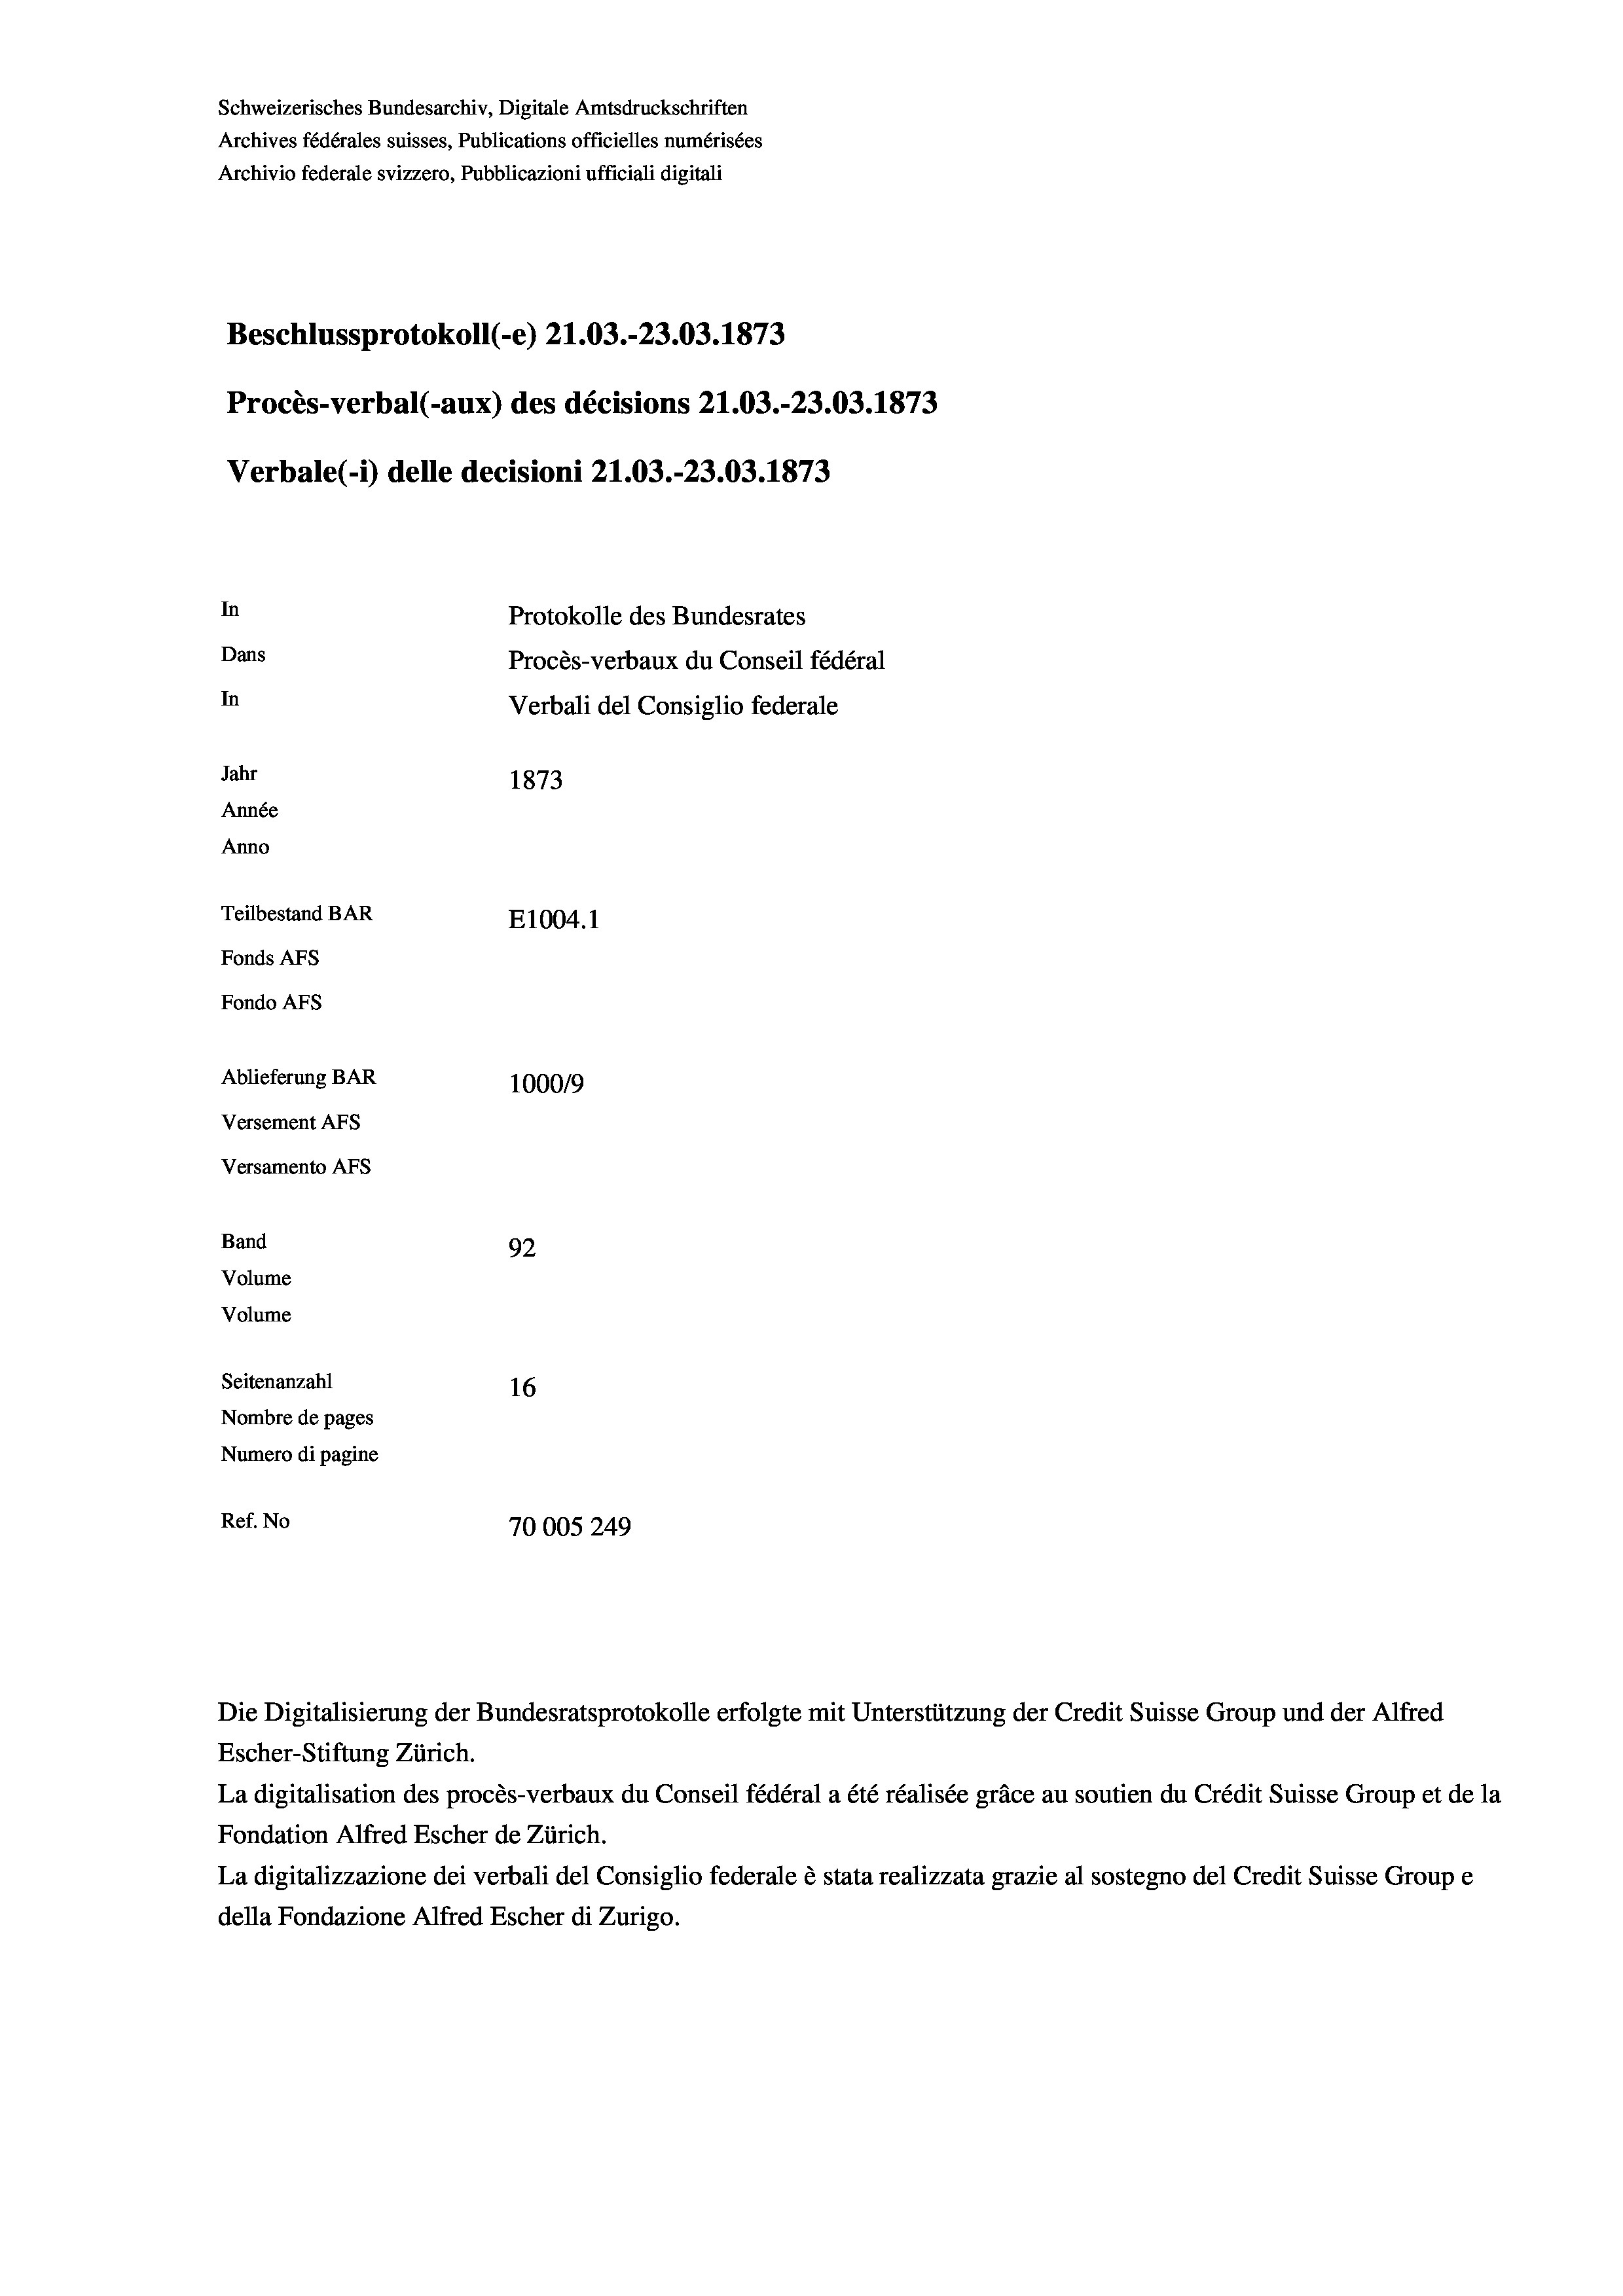
Schweizerisches Bundesarchiv, Digitale Amtsdruckschriften
Archives fédérales suisses, Publications officielles numérisées
Archivio federale svizzero, Pubblicazioni ufficiali digitali
Beschlussprotokoll (-e) 21.03.-23.03. 1873
Procès-verbal (-aux) des décisions 21.03.-23.03. 1873
Verbale(*) delle decisioni 21.03.-23.03. 1873
In
Protokolle des Bundesrates
Dans
Procès-verbaux du Conseil fédéral
In
Verbali del Consiglio federale
Jahr
1873
Année
Anno
Teilbestand BAR
E1004. 1
Fonds AFs
Fondo AFs
Ablieferung BAR
100019
Versement AFs
Versamento AFs
Band
92
Volume
Volume
Seitenanzahl
16
Nombre de pages
Numero di pagine
Ref. No
70005 249

La digitalisation des procès-verbaux du Conseil fédéral a été réalisée gräce au soutien du Crédit Suisse Group et de la
Fondation Alfred Escher de Zürich.
La digitalizzazione dei verbali del Consiglio federale è stata realizzata grazie al sostegno del Credit Suisse Groupe
della Fondazione Alfred Escher di Zurigo.

Die Digitalisierung der Bundesratsprotokolle erfolgte mit Unterstützung der Credit Suisse Group und der Alfred
Escher-Stiftung Zürich.